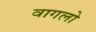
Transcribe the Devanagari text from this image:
वागलो